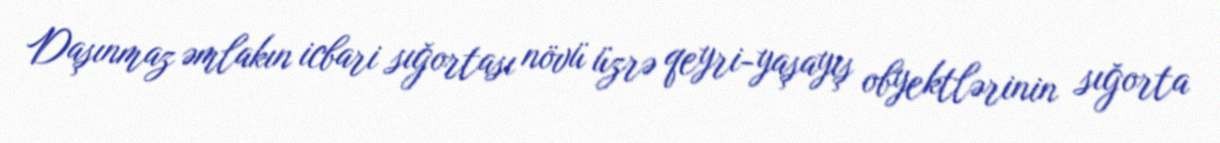
Daşınmaz əmlakın icbari sığortası növü üzrə qeyri-yaşayış obyektlərinin sığorta